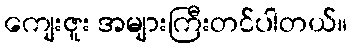
ကျေးဇူး အများကြီးတင်ပါတယ်။